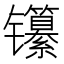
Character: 𬮃